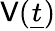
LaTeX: \mathsf{V}({\underline{{{t}}}})